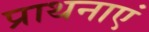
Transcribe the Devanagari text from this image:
प्राथनाएं